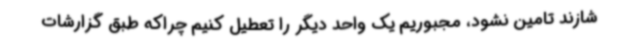
شازند تامین نشود، مجبوریم یک واحد دیگر را تعطیل کنیم چراکه طبق گزارشات